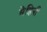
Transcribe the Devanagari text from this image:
मेहिनी